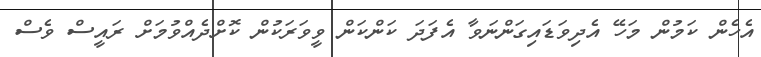
އެހެން ކަމުން މަހޭ އެދިވަޑައިގަންނަވާ އެފަދަ ކަންކަން ވީވަރަކުން ކޮށްދެއްވުމަށް ރައީސް ވެސް